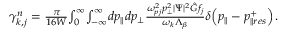
\begin{array} { r } { \gamma _ { k , j } ^ { n } = \frac { \pi } { 1 6 W } \! \int \displaylimits _ { 0 } ^ { \infty } \! \int \displaylimits _ { - \infty } ^ { \infty } \! d p _ { \parallel } d p _ { \perp } \frac { \omega _ { p j } ^ { 2 } p _ { \perp } ^ { 2 } | \Psi | ^ { 2 } \hat { G } f _ { j } } { \omega _ { k } \Lambda _ { \beta } } \delta \! \left( p _ { \parallel } - p _ { \parallel r e s } ^ { + } \right) . } \end{array}